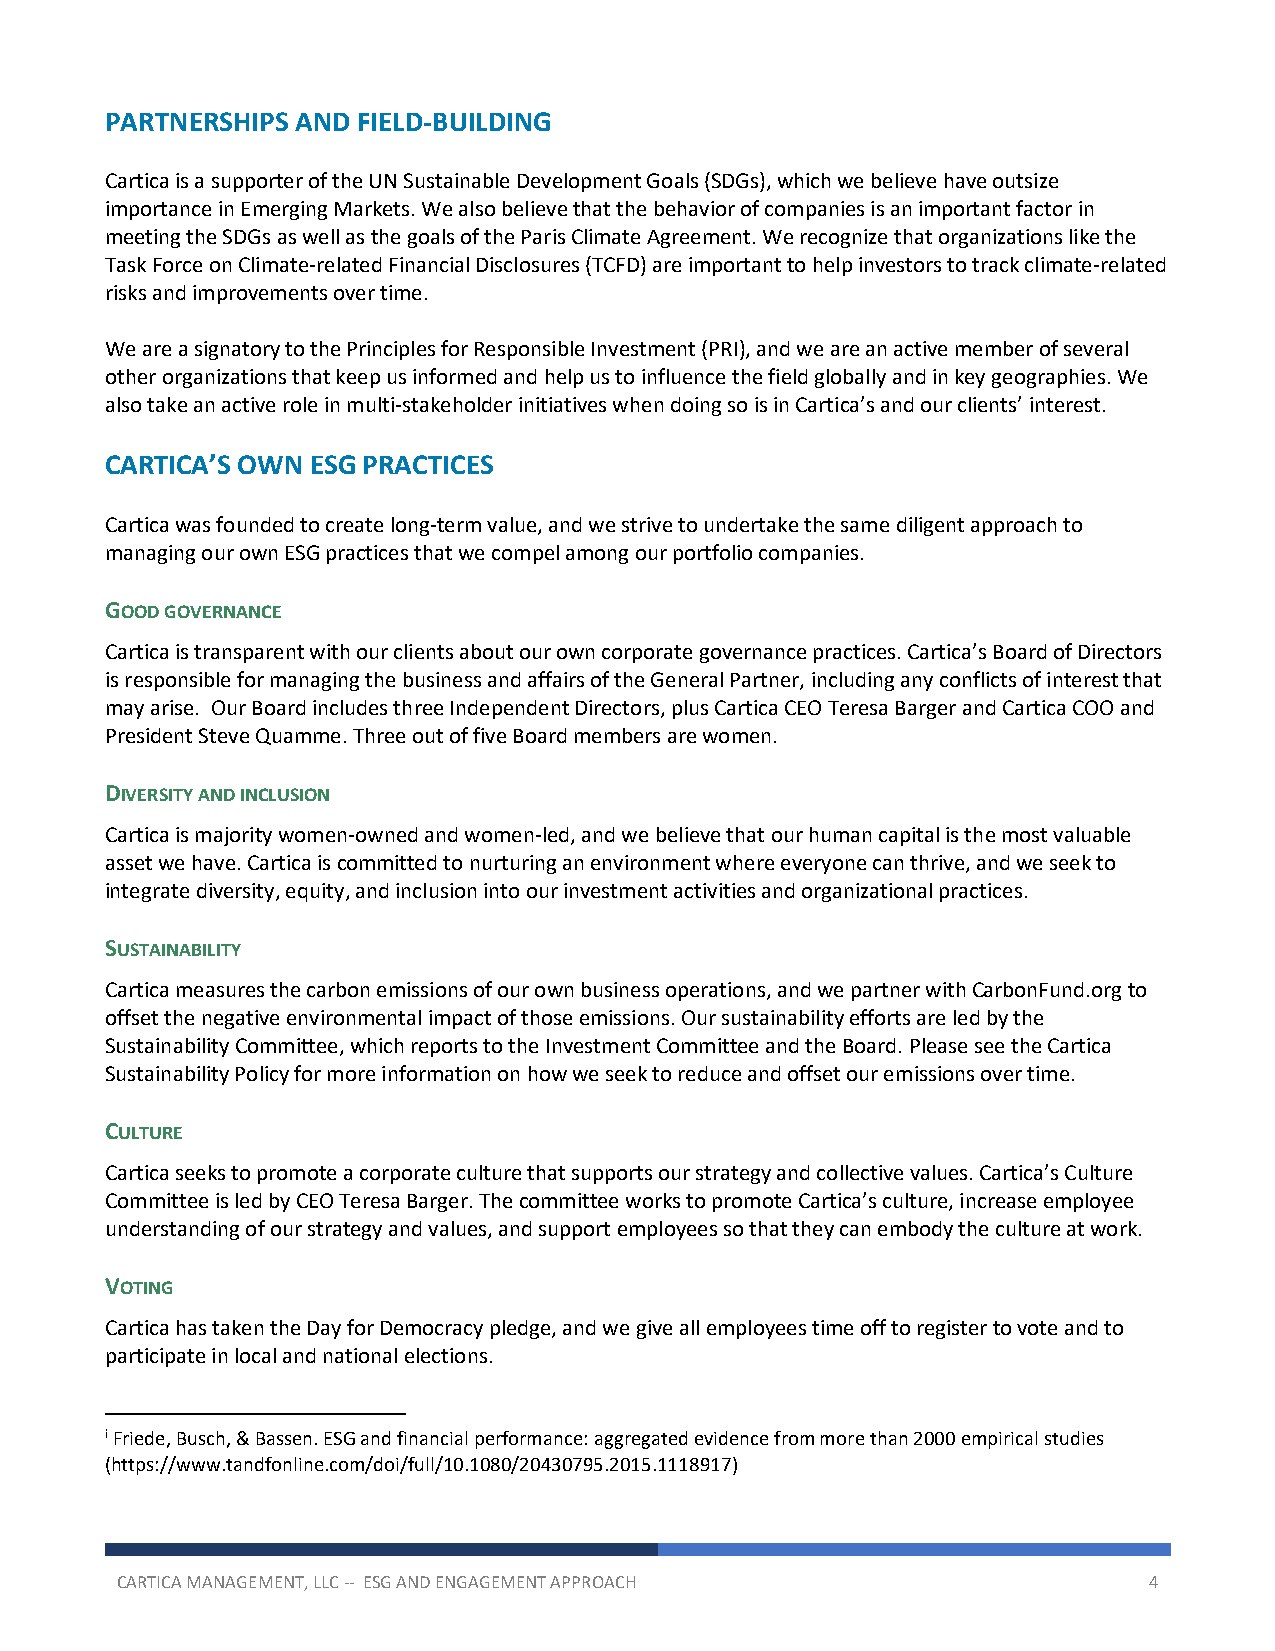
PARTNERSHIPS AND FIELD-BUILDING
 Cartica is a supporter of the UN Sustainable Development Goals (SDGs), which we believe have outsize
 importance in Emerging Markets. We also believe that the behavior of companies is an important factor in
 meeting the SDGs as well as the goals of the Paris Climate Agreement. We recognize that organizations like the
 Task Force on Climate-related Financial Disclosures (TCFD) are important to help investors to track climate-related
 risks and improvements over time.
 We are a signatory to the Principles for Responsible Investment (PRI), and we are an active member of several
 other organizations that keep us informed and help us to influence the field globally and in key geographies. We
 also take an active role in multi-stakeholder initiatives when doing so is in Cartica’s and our clients’ interest.
 CARTICA’S OWN ESG PRACTICES
 Cartica was founded to create long-term value, and we strive to undertake the same diligent approach to
 managing our own ESG practices that we compel among our portfolio companies.
 GOOD GOVERNANCE
 Cartica is transparent with our clients about our own corporate governance practices. Cartica’s Board of Directors
 is responsible for managing the business and affairs of the General Partner, including any conflicts of interest that
 may arise. Our Board includes three Independent Directors, plus Cartica CEO Teresa Barger and Cartica COO and
 President Steve Quamme. Three out of five Board members are women.
 DIVERSITY AND INCLUSION
 Cartica is majority women-owned and women-led, and we believe that our human capital is the most valuable
 asset we have. Cartica is committed to nurturing an environment where everyone can thrive, and we seek to
 integrate diversity, equity, and inclusion into our investment activities and organizational practices.
 SUSTAINABILITY
 Cartica measures the carbon emissions of our own business operations, and we partner with CarbonFund.org to
 offset the negative environmental impact of those emissions. Our sustainability efforts are led by the
 Sustainability Committee, which reports to the Investment Committee and the Board. Please see the Cartica
 Sustainability Policy for more information on how we seek to reduce and offset our emissions over time.
 CULTURE
 Cartica seeks to promote a corporate culture that supports our strategy and collective values. Cartica’s Culture
 Committee is led by CEO Teresa Barger. The committee works to promote Cartica’s culture, increase employee
 understanding of our strategy and values, and support employees so that they can embody the culture at work.
 VOTING
 Cartica has taken the Day for Democracy pledge, and we give all employees time off to register to vote and to
 participate in local and national elections.
 i Friede, Busch, & Bassen. ESG and financial performance: aggregated evidence from more than 2000 empirical studies
 (https://www.tandfonline.com/doi/full/10.1080/20430795.2015.1118917)
 CARTICA MANAGEMENT, LLC -- ESG AND ENGAGEMENT APPROACH              4